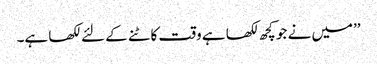
’’میں نے جو کچھ لکھا ہے وقت کاٹنے کے لئے لکھا ہے۔